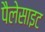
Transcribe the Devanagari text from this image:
पैलेसाइट